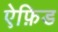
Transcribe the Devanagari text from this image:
ऐफ़िड